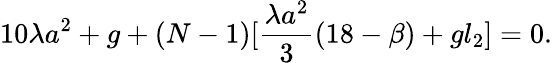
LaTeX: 10\lambda a^{2}+g+(N-1)[\frac{\lambda a^{2}}3(18-\beta)+gl_{2}]=0.